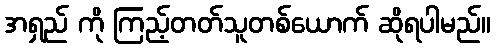
အရှည် ကို ကြည့်တတ်သူတစ်ယောက် ဆိုရပါမည်။